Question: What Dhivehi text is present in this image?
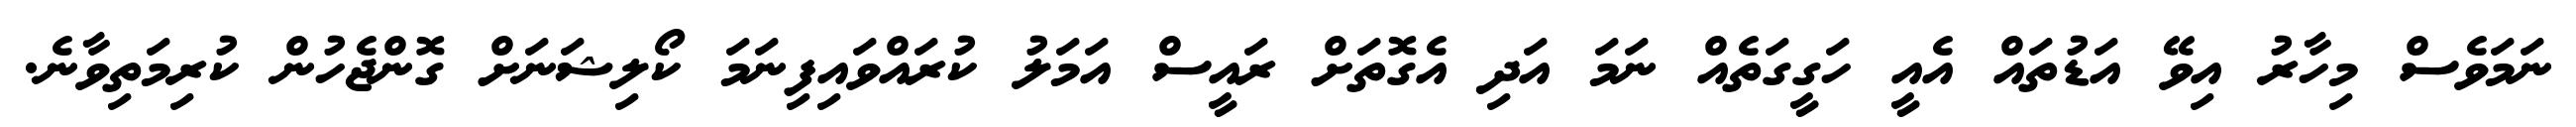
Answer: ނަމަވެސް މިހާރު އިވޭ އަޑުތައް އެއީ ހަގީގަތެއް ނަމަ އަދި އެގޮތަށް ރައީސް އަމަލު ކުރައްވައިފިނަމަ ކޯލިޝަނަށް ގޮންޖެހުން ކުރިމަތިވާނެ.